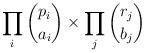
LaTeX: \begin{align*} \prod_{i} \binom{p_i}{a_i} \times \prod_{j} \binom{r_j}{b_j}\end{align*}